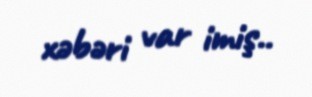
xəbəri var imiş..